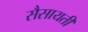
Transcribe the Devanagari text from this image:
सैसायती